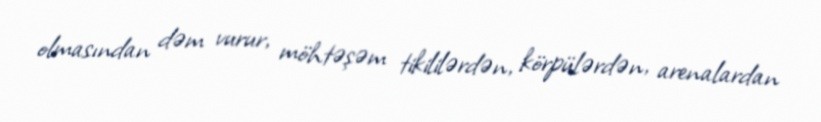
olmasından dəm vurur, möhtəşəm tikililərdən, körpülərdən, arenalardan